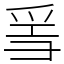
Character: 𤔌